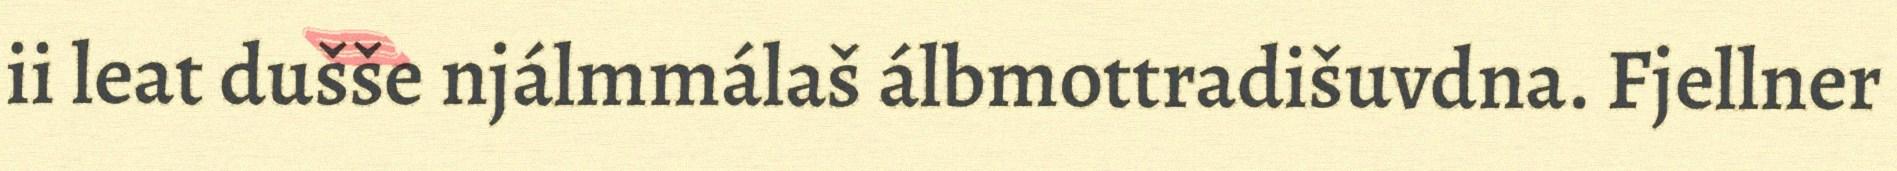
ii leat dušše njálmmálaš álbmottradišuvdna. Fjellner